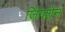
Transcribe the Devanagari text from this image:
जिंगशेन